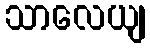
သာလေယျ